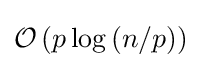
{\mathcal {O}}\left(p\log \left(n/p\right)\right)